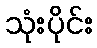
သုံးပိုင်း